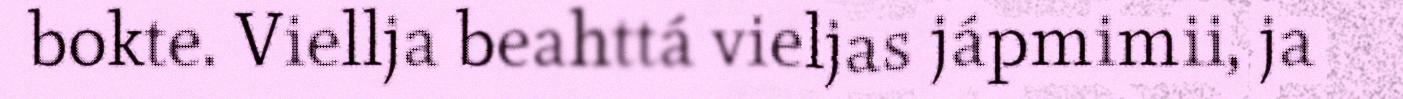
bokte. Viellja beahttá vieljas jápmimii, ja